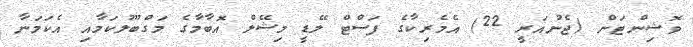
ވޮޝިންޓަން (ޖެނުއަރީ 22) އެމެރިކާގެ ފަސްޓް ލޭޑީ މިޝޭލް އޮބާމާގެ މަގްބޫލުކަމާއި އެކަމަނާ